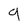
Character: 9